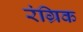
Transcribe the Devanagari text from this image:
रंग्रिक